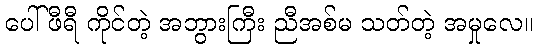
ပေါ်ဖီရီ ကိုင်တဲ့ အဘွားကြီး ညီအစ်မ သတ်တဲ့ အမှုလေ။